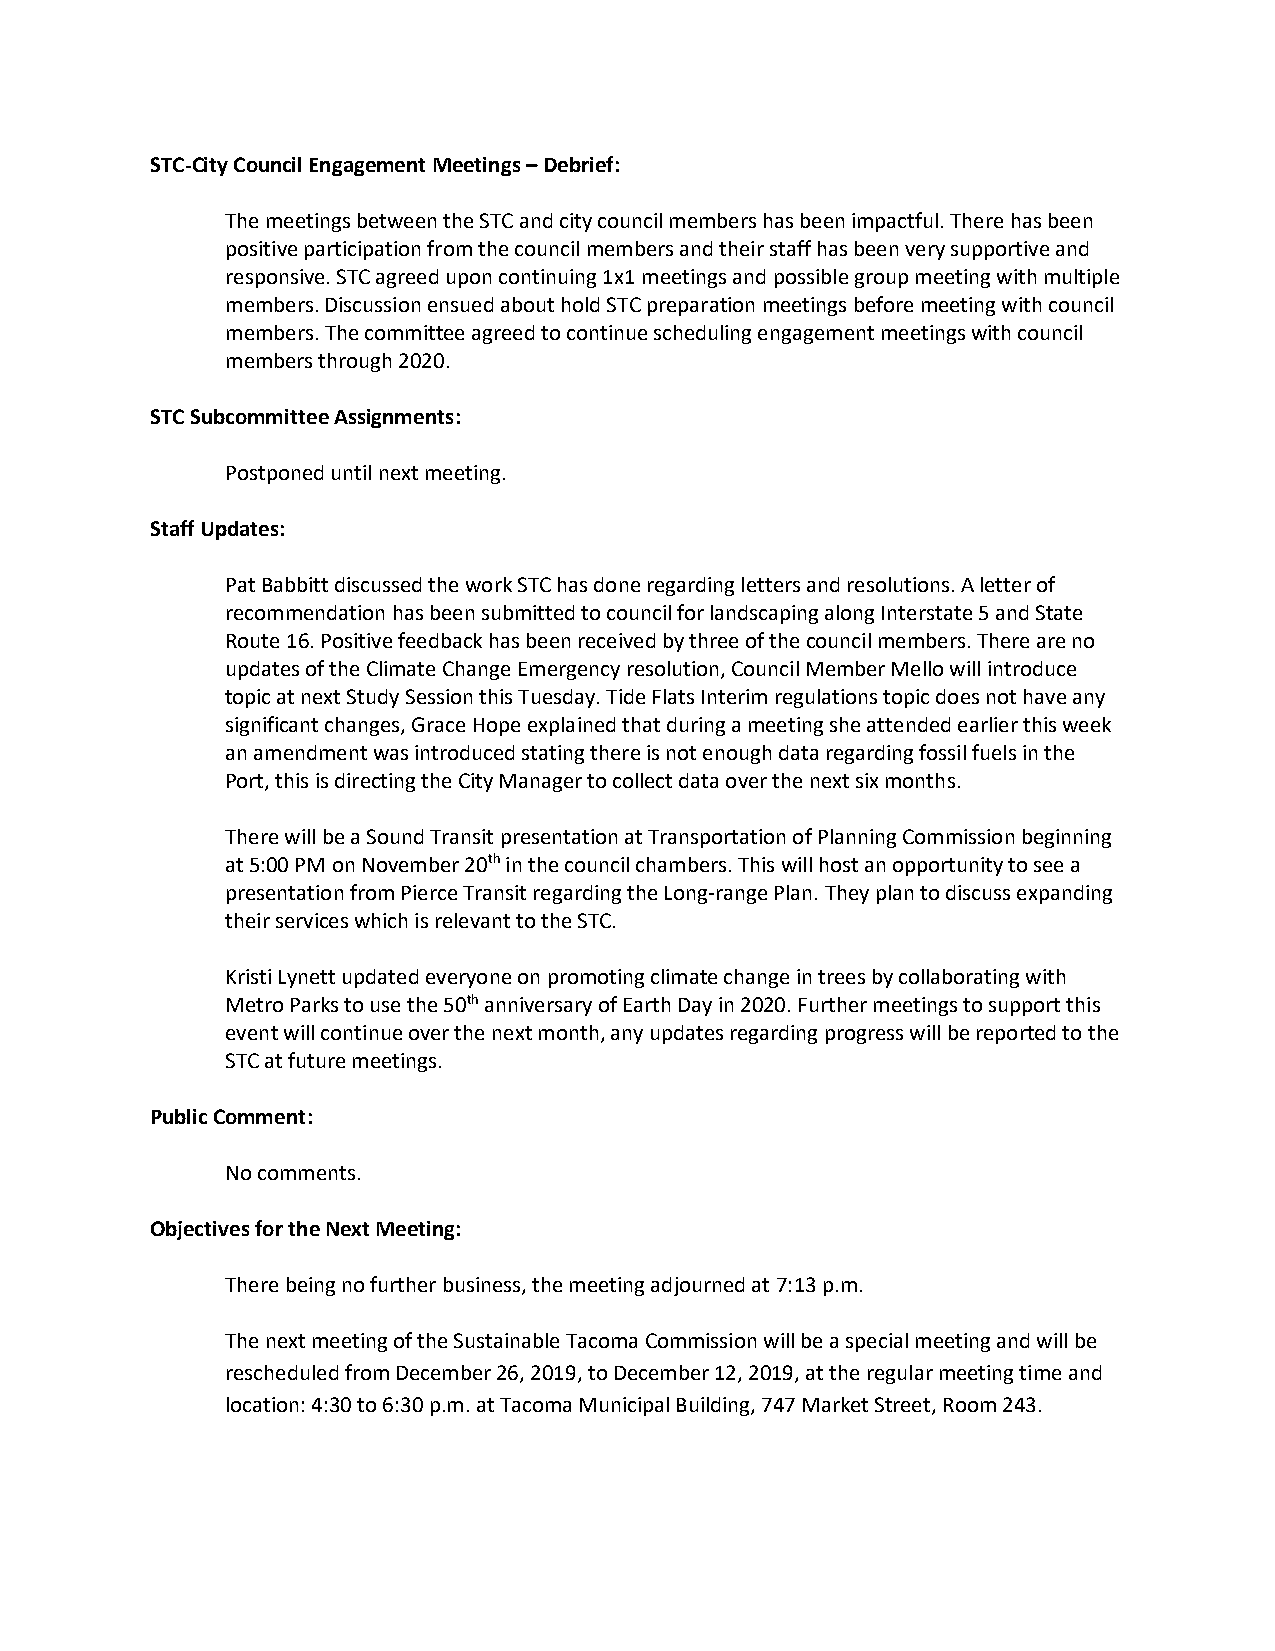
STC-City Council Engagement Meetings – Debrief:
 The meetings between the STC and city council members has been impactful. There has been
 positive participation from the council members and their staff has been very supportive and
 responsive. STC agreed upon continuing 1x1 meetings and possible group meeting with multiple
 members. Discussion ensued about hold STC preparation meetings before meeting with council
 members. The committee agreed to continue scheduling engagement meetings with council
 members through 2020.
 STC Subcommittee Assignments:
 Postponed until next meeting.
 Staff Updates:
 Pat Babbitt discussed the work STC has done regarding letters and resolutions. A letter of
 recommendation has been submitted to council for landscaping along Interstate 5 and State
 Route 16. Positive feedback has been received by three of the council members. There are no
 updates of the Climate Change Emergency resolution, Council Member Mello will introduce
 topic at next Study Session this Tuesday. Tide Flats Interim regulations topic does not have any
 significant changes, Grace Hope explained that during a meeting she attended earlier this week
 an amendment was introduced stating there is not enough data regarding fossil fuels in the
 Port, this is directing the City Manager to collect data over the next six months.
 There will be a Sound Transit presentation at Transportation of Planning Commission beginning
 at 5:00 PM on November 20th in the council chambers. This will host an opportunity to see a
 presentation from Pierce Transit regarding the Long-range Plan. They plan to discuss expanding
 their services which is relevant to the STC.
 Kristi Lynett updated everyone on promoting climate change in trees by collaborating with
 Metro Parks to use the 50th anniversary of Earth Day in 2020. Further meetings to support this
 event will continue over the next month, any updates regarding progress will be reported to the
 STC at future meetings.
 Public Comment:
 No comments.
 Objectives for the Next Meeting:
 There being no further business, the meeting adjourned at 7:13 p.m.
 The next meeting of the Sustainable Tacoma Commission will be a special meeting and will be
 rescheduled from December 26, 2019, to December 12, 2019, at the regular meeting time and
 location: 4:30 to 6:30 p.m. at Tacoma Municipal Building, 747 Market Street, Room 243.